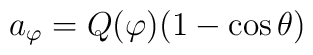
a_\varphi = Q(\varphi)(1-\cos\theta)